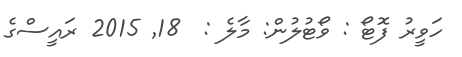
ހަވީރު ފޮޓޯ : ވޯޓުލުން: މާލެ :  18